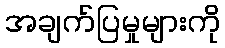
အချက်ပြမှုများကို